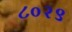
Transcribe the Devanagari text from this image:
८०२९